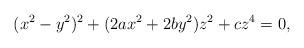
LaTeX: \begin{align*} (x^2-y^2)^2+ ( 2 a x^2+ 2 b y^2) z^2+ c z^4=0,\end{align*}